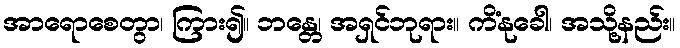
အာရောစေတွာ၊ ကြား၍။ ဘန္တေ၊ အရှင်ဘုရား။ ကိံနုခေါ၊ အသို့နည်း။